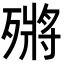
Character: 𣩗